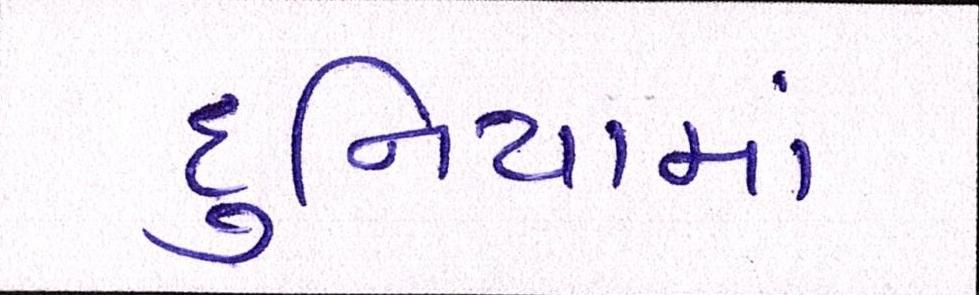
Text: દુનિયામાં